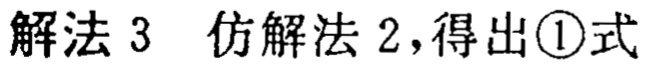
解法 3  仿解法 2，得出\textcircled{1}式